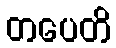
တပေတိ